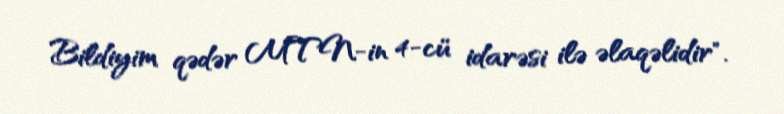
Bildiyim qədər MTN-in 4-cü idarəsi ilə əlaqəlidir".